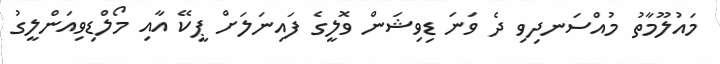
މައުލޫމާތު މުއްސަނދިވި ދެ ވަނަ ޑިވިޝަން ވޮލީގެ ފައިނަލަށް ޕީކޭ އާއި މޯލްޑިވިއަންލީގު